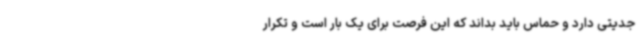
جدیتی دارد و حماس باید بداند که این فرصت برای یک بار است و تکرار